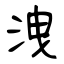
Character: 洩